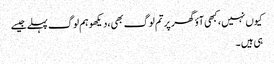
کیوں نہیں ،کبھی آؤ گھر پر تم لوگ بھی،دیکھو ہم لوگ پہلے جیسے
ہی ہیں ۔